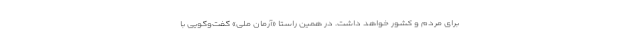
برای مردم و کشور خواهد داشت. در همین راستا «آرمان ملی» گفت‌وگویی با